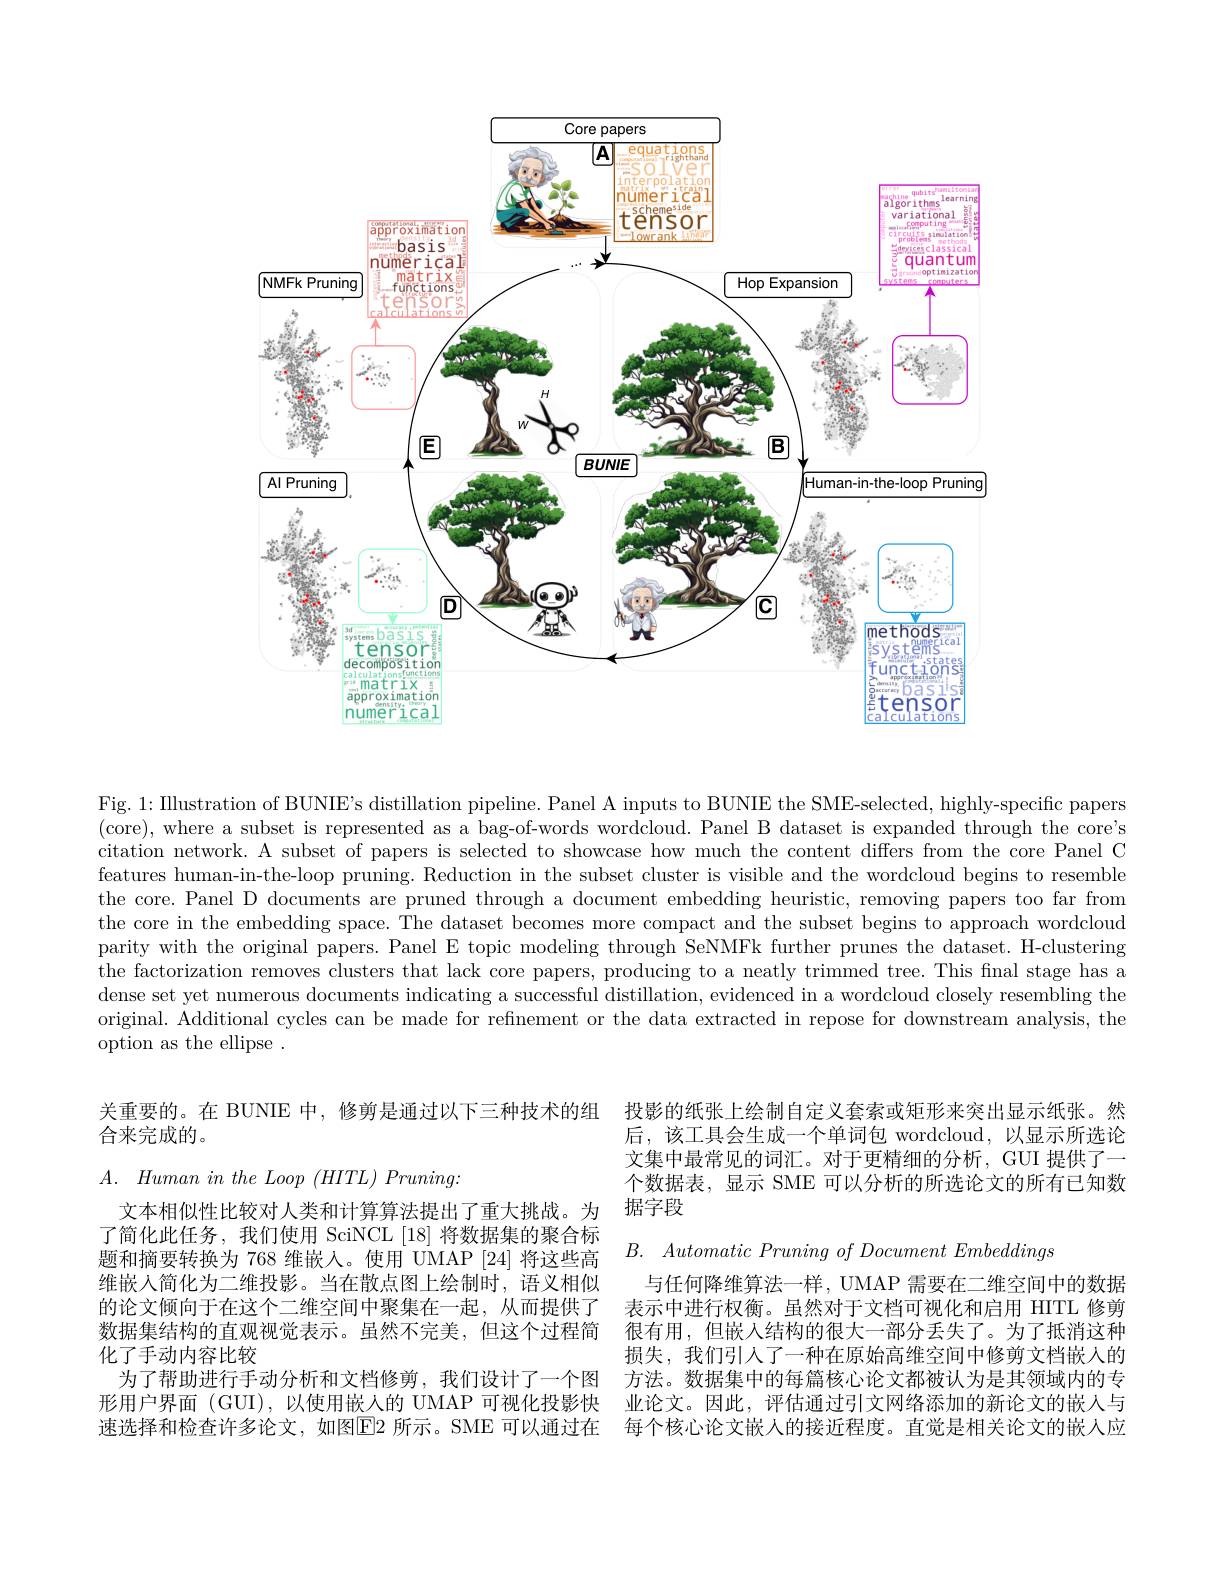
<FigureHere>
numerical
lculation

Fig. 1: IIlustration of BUNIE's distillation pipeline. Panel A inputs to BUNIE the SME-selected, highly-specific papers (core), where a subset is represented as a bag-of-words wordcloud. Panel B dataset is expanded through the core's citation network. A subset of papers is selected to showcase how much the content differs from the core Panel C features human-in-the-loop pruning. Reduction in the subset cluster is visible and the wordcloud begins to resemble the core. Panel D documents are pruned through a document embedding heuristic, removing papers too far from the core in the embedding space. The dataset becomes more compact and the subset begins to approach wordcloud parity with the original papers. Panel E topic modeling through SeNMFk further prunes the dataset. H-clustering the factorization removes clusters that lack core papers, producing to a neatly trimmed tree. This final stage has a dense set yet numerous documents indicating a successful distillation, evidenced in a wordcloud closely resembling the original. Additional cycles can be made for refinement or the data extracted in repose for downstream analysis, the option as the ellipse .

关重要的。在 BUNIE 中，修剪是通过以下三种技术的组
合来完成的。

投影的纸张上绘制自定义套索或矩形来突出显示纸张。然后，该工具会生成一个单词包 wordcloud,以显示所选论文集中最常见的词汇。对于更精细的分析，GUI 提供了一个数据表，显示 SME 可以分析的所选论文的所有已知数据字段

$A.$ $Human\textit{ in the Loop ( HITL) Pruning: }$

$B.$ $Automatic\textit{ Pruning of Document Embeddings}$

文本相似性比较对人类和计算算法提出了重大挑战。为了简化此任务，我们使用 SciNCL[18]将数据集的聚合标题和摘要转换为 768 维嵌人。使用 UMAP [24] 将这些高维嵌入简化为二维投影。当在散点图上绘制时，语义相似的论文倾向于在这个二维空间中聚集在一起，从而提供了数据集结构的直观视觉表示。虽然不完美，但这个过程简化了手动内容比较
为了帮助进行手动分析和文档修剪，我们设计了一个图形用户界面 (GUI),以使用嵌入的 UMAP 可视化投影快速选择和检查许多论文，如图$\boxed{\mathrm{E}}$2 所示。SME 可以通过在

与任何降维算法一样，UMAP 需要在二维空间中的数据表示中进行权衡。虽然对于文档可视化和启用 HITL 修剪很有用，但嵌入结构的很大一部分丢失了。为了抵消这种损失，我们引人了一种在原始高维空间中修剪文档嵌人的方法。数据集中的每篇核心论文都被认为是其领域内的专业论文。因此，评估通过引文网络添加的新论文的嵌人与每个核心论文嵌人的接近程度。直觉是相关论文的嵌人应